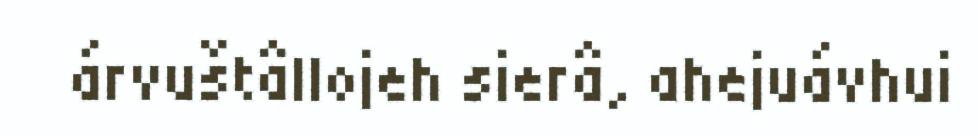
árvuštâllojeh sierâ, ahejuávhui